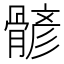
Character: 𩩷